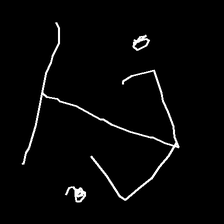
Glyph: earth